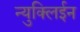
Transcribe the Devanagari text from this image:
न्युक्लिईन